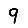
Digit: 9